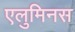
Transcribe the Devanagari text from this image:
एलुमिनस